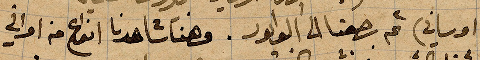
اوساني) ثم رجعنا الى الوابور. وهنا شاهدنا أنواع من اواني